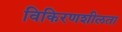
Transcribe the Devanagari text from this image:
विकिरणशीलता